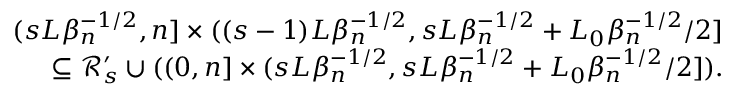
\begin{array} { r l r } & { } & { ( s L \beta _ { n } ^ { - 1 \slash 2 } , n ] \times ( ( s - 1 ) L \beta _ { n } ^ { - 1 \slash 2 } , s L \beta _ { n } ^ { - 1 \slash 2 } + L _ { 0 } \beta _ { n } ^ { - 1 \slash 2 } \slash 2 ] } \\ & { } & { \subseteq \mathcal { R } _ { s } ^ { \prime } \cup ( ( 0 , n ] \times ( s L \beta _ { n } ^ { - 1 \slash 2 } , s L \beta _ { n } ^ { - 1 \slash 2 } + L _ { 0 } \beta _ { n } ^ { - 1 \slash 2 } \slash 2 ] ) . } \end{array}